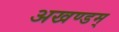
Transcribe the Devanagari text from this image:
अखण्डम्